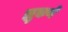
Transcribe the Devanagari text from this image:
झुकणे